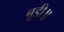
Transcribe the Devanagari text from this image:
बूडी॥